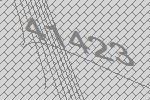
41423